Civil Veterinary Dept. Bombay admin report 1932-41 - 1932-1941
Year: 1932
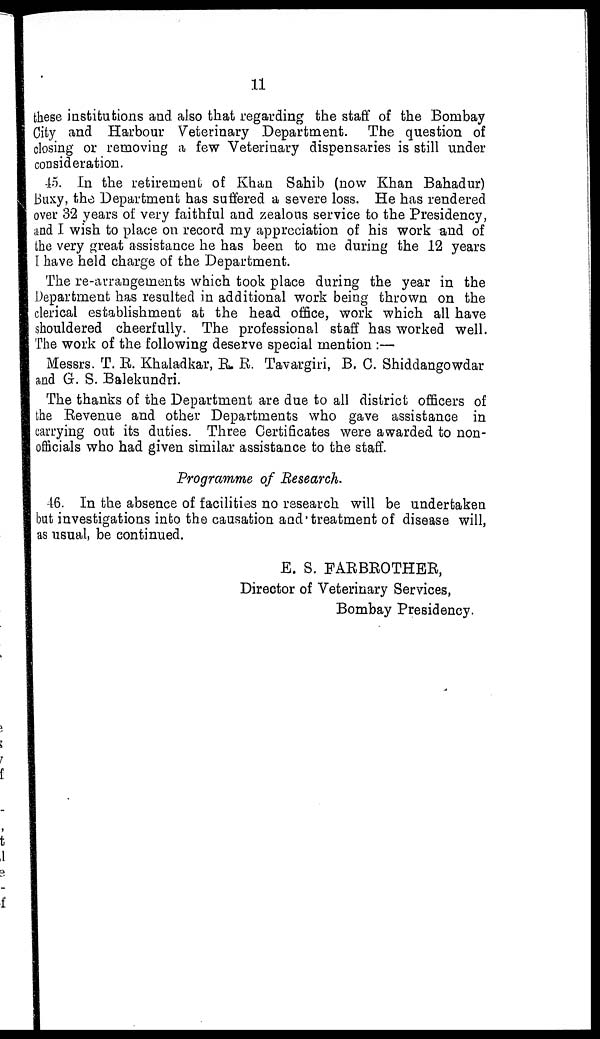
11
these institutions and also that regarding the staff of the Bombay
City and Harbour Veterinary Department. The question of
closing or removing a few Veterinary dispensaries is still under
consideration.
45. In the retirement of Khan Sahib (now Khan Bahadur)
Buxy, the Department has suffered a severe loss. He has rendered
over 32 years of very faithful and zealous service to the Presidency,
and I wish to place on record my appreciation of his work and of
the very great assistance he has been to me during the 12 years
I have held charge of the Department.
The re-arrangements which took place during the year in the
Department has resulted in additional work being thrown on the
clerical establishment at the head office, work which all have
shouldered cheerfully. The professional staff has worked well.
The work of the following deserve special mention :—
Messrs. T. R. Khaladkar, R. R. Tavargiri, B. C. Shiddangowdar
and G. S. Balekundri.
The thanks of the Department are due to all district officers of
the Revenue and other Departments who gave assistance in
carrying out its duties. Three Certificates were awarded to non-
officials who had given similar assistance to the staff.
Programme of Research.
46. In the absence of facilities no research will be undertaken
but investigations into the causation and treatment of disease will,
as usual, be continued.
E. S. FARBROTHER,
Director of Veterinary Services,
Bombay Presidency.